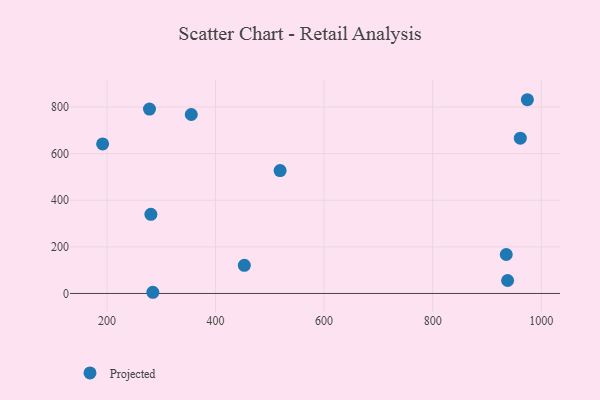
{"axis": {"x": "Price", "y": "Sales"}, "legend": ["Projected"], "data": [{"x": "974.5", "y": 831.4, "type": "Projected"}, {"x": "278.4", "y": 791.3, "type": "Projected"}, {"x": "519.0", "y": 527.2, "type": "Projected"}, {"x": "281.0", "y": 339.7, "type": "Projected"}, {"x": "938.1", "y": 55.6, "type": "Projected"}, {"x": "355.4", "y": 768.1, "type": "Projected"}, {"x": "192.1", "y": 641.7, "type": "Projected"}, {"x": "935.6", "y": 167.1, "type": "Projected"}, {"x": "453.1", "y": 120.7, "type": "Projected"}, {"x": "284.6", "y": 5.1, "type": "Projected"}, {"x": "961.5", "y": 666.3, "type": "Projected"}]}